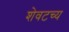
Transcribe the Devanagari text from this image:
शेवटच्य